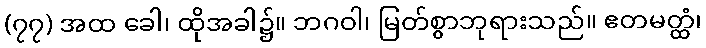
(၇၇) အထ ခေါ၊ ထိုအခါ၌။ ဘဂဝါ၊ မြတ်စွာဘုရားသည်။ ဧတမတ္ထံ၊